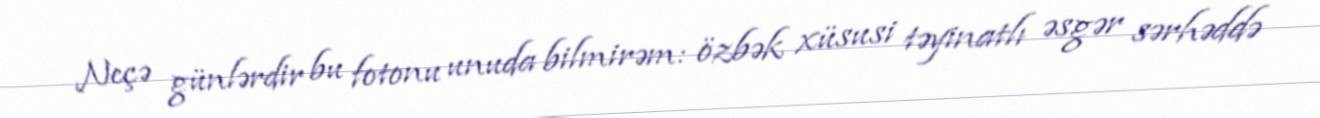
Neçə günlərdir bu fotonu unuda bilmirəm: özbək xüsusi təyinatlı əsgər sərhəddə